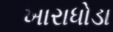
ખારાધોડા